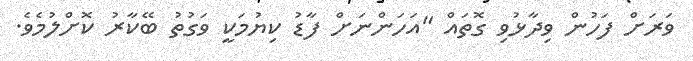
ވަރަށް ފަހުން ވިދާޅުވި ގޮތައް "އަހަންނަށް ފާޑު ކިޔުމަކީ ވަގުތު ބޭކާރު ކޮށްލުމެވެ.